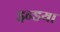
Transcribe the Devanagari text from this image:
इन्डया